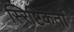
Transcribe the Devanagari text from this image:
स्ऱिष्टिकर्ता